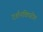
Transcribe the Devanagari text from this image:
दर्शनविपरीत